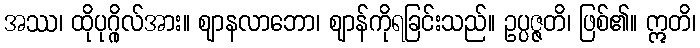
အဿ၊ ထိုပုဂ္ဂိုလ်အား။ ဈာနလာဘော၊ ဈာန်ကိုရခြင်းသည်။ ဥပ္ပဇ္ဇတိ၊ ဖြစ်၏။ ဣတိ၊